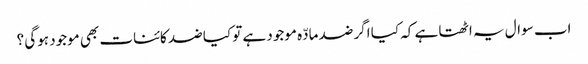
اب سوال یہ اٹھتا ہے کہ کیا اگر ضد مادّہ موجود ہے تو کیا ضد کائنات بھی موجود ہوگی ؟